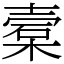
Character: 槖